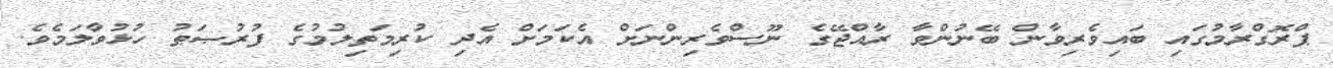
ޕްރޮގްރާމުގައި ބައިވެރިވާން ބޭނުންވާ ރާއްޖޭގެ ނޫސްވެރިންނަށް އެކަމަށް އެދި ކުރިމަތިލުމުގެ ފުރުޞަޠު ހުޅުވާލަމެވެ.